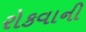
રોકવાની